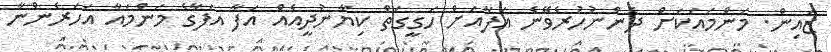
ޒައިން. މަންމައަކަށް ދެންނުހުރެވޭނެ އަފާއަށް ހަގީގަތް ކިޔާނުދީއެއް އަފާ އަފާގެ މަންމައާ އަހަރެންނާ